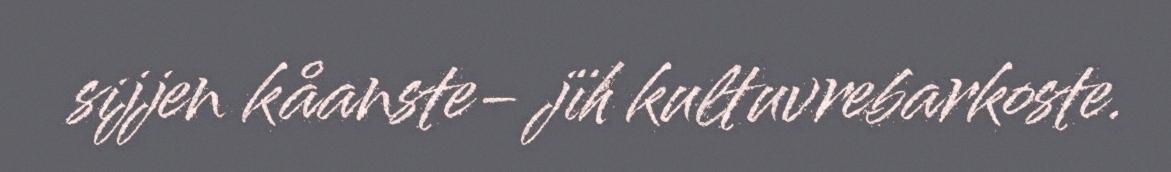
sijjen kåanste- jïh kultuvrebarkoste.